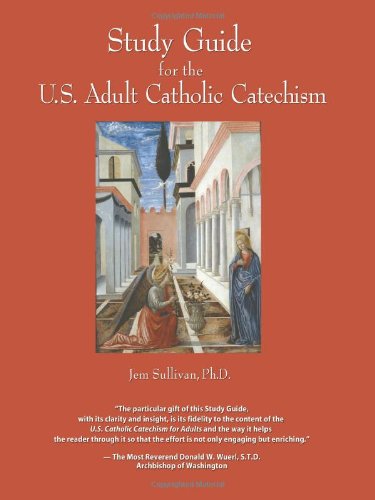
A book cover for Study Guide for the U.S. Adult Catholic Catechism; Jem Sullivan; Christian Books & Bibles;